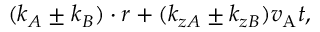
( \boldsymbol { k } _ { A } \pm \boldsymbol { k } _ { B } ) \cdot \boldsymbol { r } + ( k _ { z A } \pm k _ { z B } ) v _ { \mathrm { A } } t ,